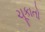
ચૂકાતો